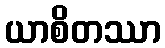
ယာစိတဿာ